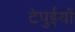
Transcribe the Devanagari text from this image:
टेपुईयों